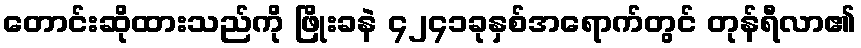
တောင်းဆိုထားသည်ကို ဖြိုးခနဲ ၄၂၄၁ခုနှစ်အရောက်တွင် တုန်ရီလာ၏